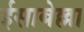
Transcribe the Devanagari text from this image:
ईसाबेल्ला